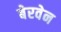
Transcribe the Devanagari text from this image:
बेरवेन